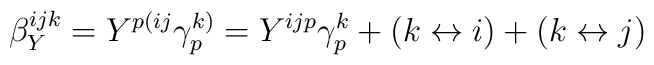
\beta_Y^{ijk}= Y^{p(ij}\gamma^{k)}_p =Y^{ijp}\gamma^k_p+(k\leftrightarrow i)+(k\leftrightarrow j)